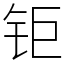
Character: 钜